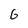
Character: G